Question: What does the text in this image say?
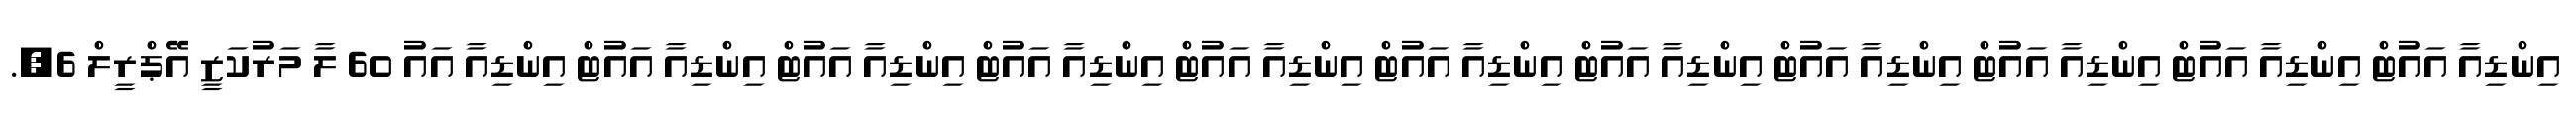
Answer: އިންޑިއާ އައުޓް އިންޑިއާ އައުޓް އިންޑިއާ އައުޓް އިންޑިއާ އައުޓް އިންޑިއާ އައުޓް އިންޑިއާ އައުޓް އިންޑިއާ އައުޓް އިންޑިއާ އައުޓް އިންޑިއާ އައުޓް އިންޑިއާ އައުޓް އިންޑިއާ އައު 60 ލާ މަރުކަޒީ އޭޕްރީލް 6,.